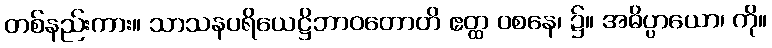
တစ်နည်းကား။ သာသနပရိယေဋ္ဌိဘာဝတောတိ ဧတ္ထ ဝစနေ၊ ၌။ အဓိပ္ပာယော၊ ကို။